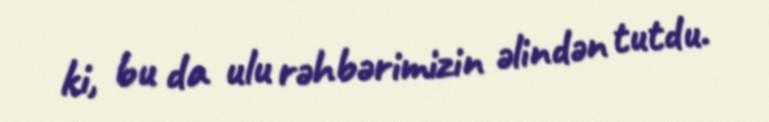
ki, bu da ulu rəhbərimizin əlindən tutdu.